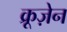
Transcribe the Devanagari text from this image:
क्रूज़ेन